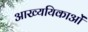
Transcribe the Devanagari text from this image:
आख्ययिकाओं